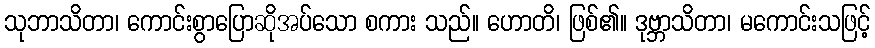
သုဘာသိတာ၊ ကောင်းစွာပြောဆိုအပ်သော စကား သည်။ ဟောတိ၊ ဖြစ်၏။ ဒုဗ္ဘာသိတာ၊ မကောင်းသဖြင့်